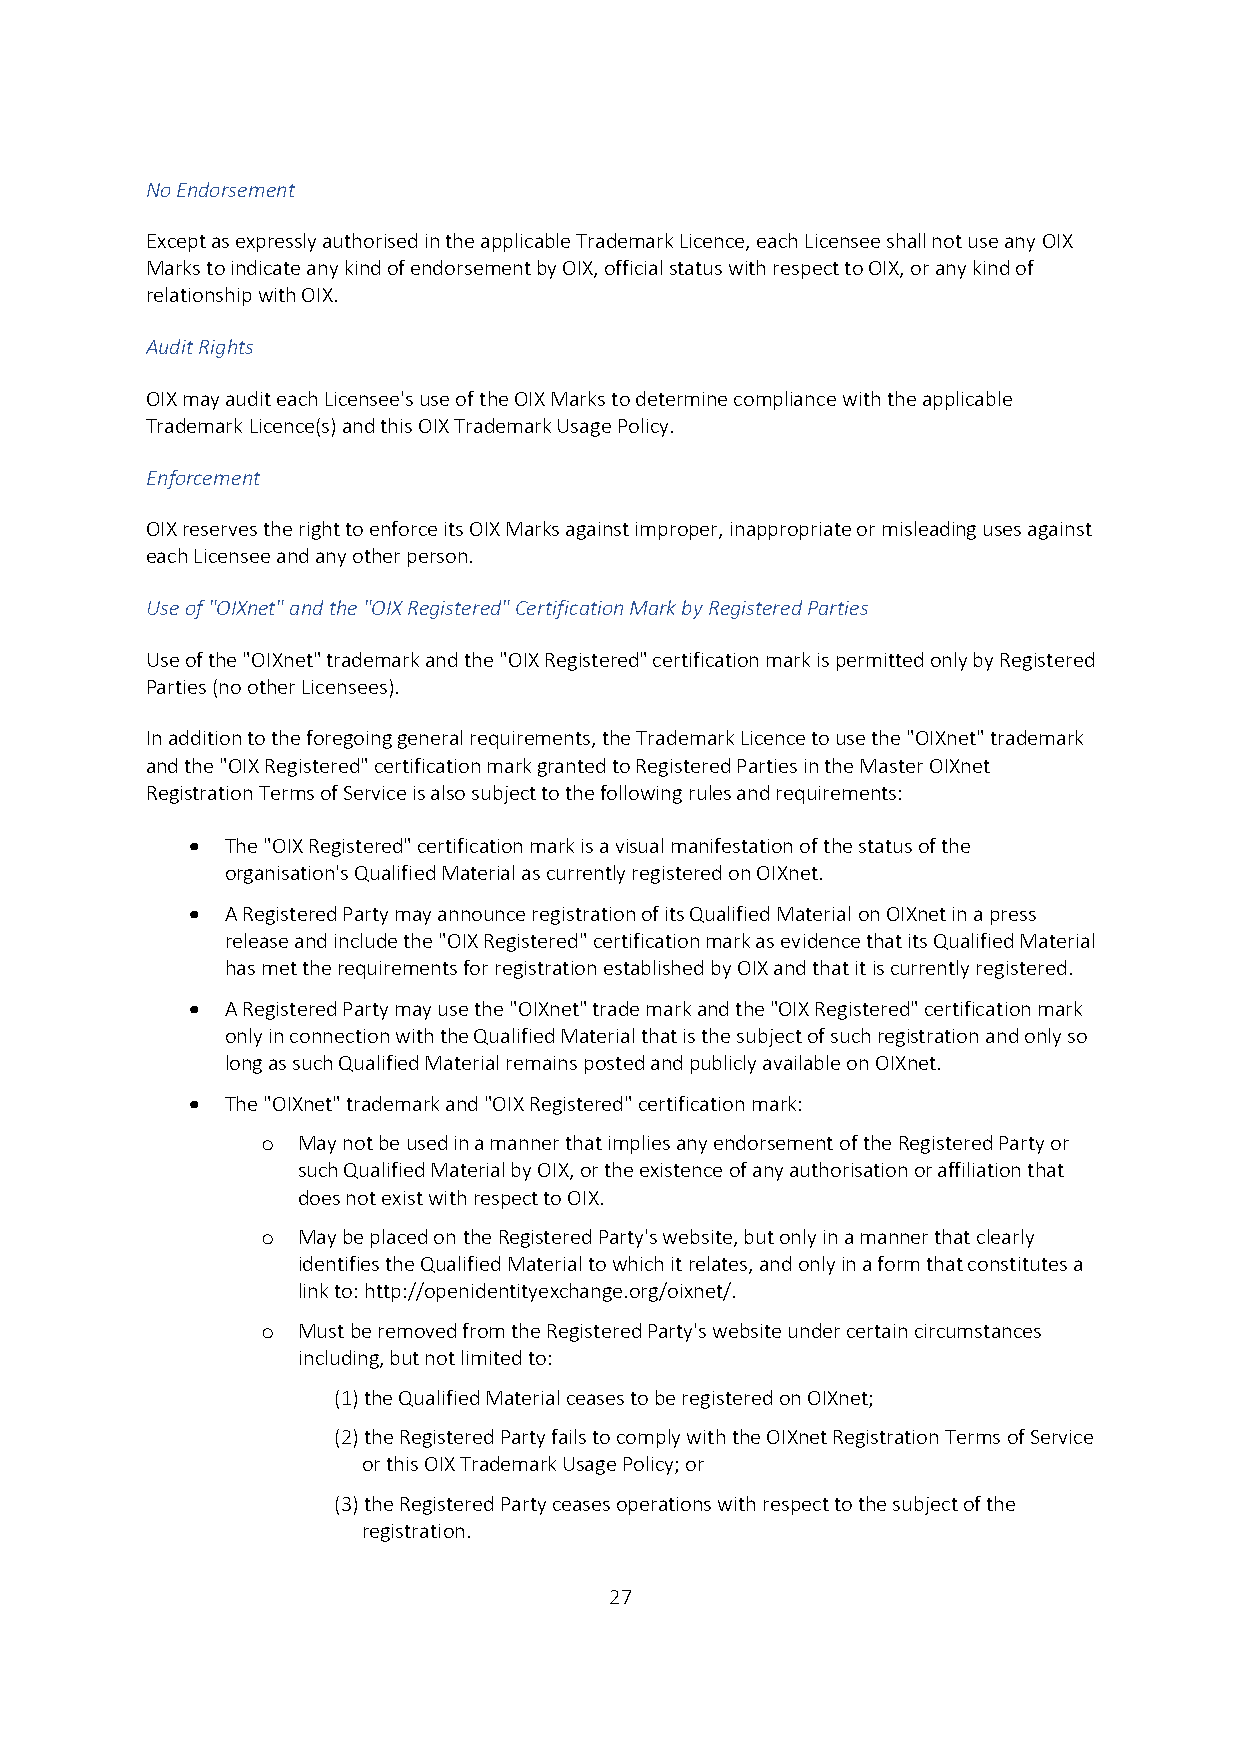
No Endorsement
 Except as expressly authorised in the applicable Trademark Licence, each Licensee shall not use any OIX
 Marks to indicate any kind of endorsement by OIX, official status with respect to OIX, or any kind of
 relationship with OIX.
 Audit Rights
 OIX may audit each Licensee's use of the OIX Marks to determine compliance with the applicable
 Trademark Licence(s) and this OIX Trademark Usage Policy.
 Enforcement
 OIX reserves the right to enforce its OIX Marks against improper, inappropriate or misleading uses against
 each Licensee and any other person.
 Use of "OIXnet" and the "OIX Registered" Certification Mark by Registered Parties
 Use of the "OIXnet" trademark and the "OIX Registered" certification mark is permitted only by Registered
 Parties (no other Licensees).
 In addition to the foregoing general requirements, the Trademark Licence to use the "OIXnet" trademark
 and the "OIX Registered" certification mark granted to Registered Parties in the Master OIXnet
 Registration Terms of Service is also subject to the following rules and requirements:
   The "OIX Registered" certification mark is a visual manifestation of the status of the
 organisation's Qualified Material as currently registered on OIXnet.
   A Registered Party may announce registration of its Qualified Material on OIXnet in a press
 release and include the "OIX Registered" certification mark as evidence that its Qualified Material
 has met the requirements for registration established by OIX and that it is currently registered.
   A Registered Party may use the "OIXnet" trade mark and the "OIX Registered" certification mark
 only in connection with the Qualified Material that is the subject of such registration and only so
 long as such Qualified Material remains posted and publicly available on OIXnet.
   The "OIXnet" trademark and "OIX Registered" certification mark:
 o  May not be used in a manner that implies any endorsement of the Registered Party or
 such Qualified Material by OIX, or the existence of any authorisation or affiliation that
 does not exist with respect to OIX.
 o  May be placed on the Registered Party's website, but only in a manner that clearly
 identifies the Qualified Material to which it relates, and only in a form that constitutes a
 link to: http://openidentityexchange.org/oixnet/.
 o  Must be removed from the Registered Party's website under certain circumstances
 including, but not limited to:
 (1) the Qualified Material ceases to be registered on OIXnet;
 (2) the Registered Party fails to comply with the OIXnet Registration Terms of Service
 or this OIX Trademark Usage Policy; or
 (3) the Registered Party ceases operations with respect to the subject of the
 registration.
 27